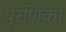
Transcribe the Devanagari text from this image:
पूरणिका